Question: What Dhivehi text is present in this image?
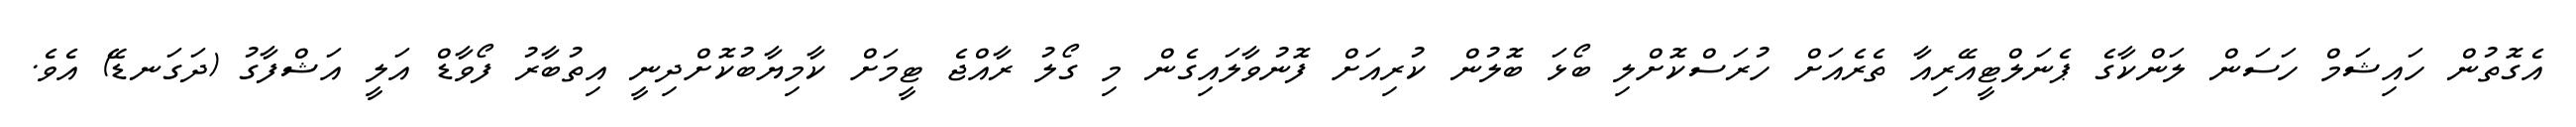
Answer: އެގޮތުން ހައިޝަމް ހަސަން ލަންކާގެ ޕެނަލްޓީއޭރިއާ ތެރެއަށް ހުރަސްކޮށްލި ބޯޅަ ބޮލުން ކުރިއަށް ފޮނުވާލައިގެން މި ގޯލު ރާއްޖެ ޓީމަށް ކާމިޔާބުކޮށްދިނީ އިތުބާރު ފޯވާޑް އަލީ އަޝްފާގު (ދަގަނޑޭ) އެވެ.